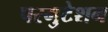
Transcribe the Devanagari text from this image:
परमुटेशन